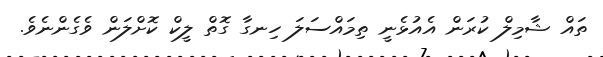
ތައް ޝާމިލް ކުރަން އެއުޅެނީ ތިމައްސަލަ ހިނގާ ގޮތް ލީކް ކޮށްލަން ވެގެންނެވެ.